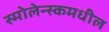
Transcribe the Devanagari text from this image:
स्मोलेन्स्कमधील